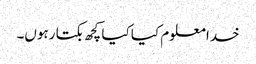
خدا معلوم کیا کیا کچھ بکتا رہوں۔